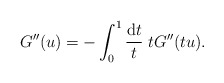
\begin{align*}G^{\prime\prime}(u)=-\int_0^1 \frac{{\rm d}t}{t}\;t G^{\prime\prime}(tu).\end{align*}